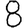
Digit: 8